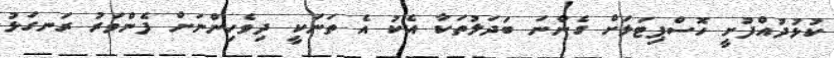
ކުޅުދުއްފުށީ ހޮސްޕިޓަލަށް ގެންނަ ބަދަލުތަކާ އެކު އެ ތަނަކީ ދިވެހިންނަށް ފެންވަރު ރަނގަޅު